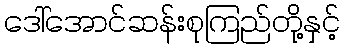
ဒေါ်အောင်ဆန်းစုကြည်တို့နှင့်